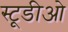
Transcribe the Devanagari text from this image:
स्टूडीओ